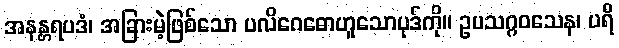
အနန္တရပဒံ၊ အခြားမဲ့ဖြစ်သော ပလိဂေဓောဟူသောပုဒ်ကို။ ဥပသဂ္ဂဝသေန၊ ပရိ